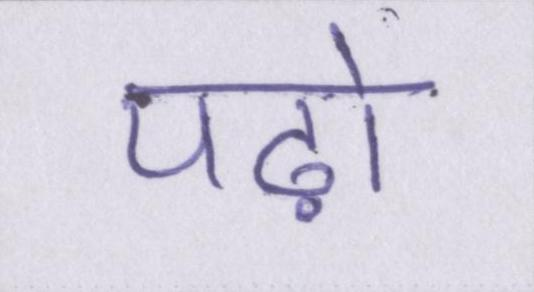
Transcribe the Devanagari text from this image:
पढ़ो